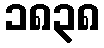
၁၈၃၈